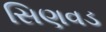
સિણવડ